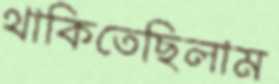
থাকিতেছিলাম